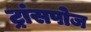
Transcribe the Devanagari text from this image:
ट्रांसपोज